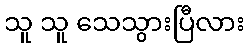
သူ သူ သေသွားပြီလား